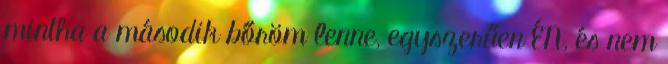
mintha a második bőröm lenne, egyszerűen ÉN, és nem